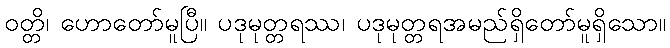
ဝတ္တိ၊ ဟောတော်မူပြီ။ ပဒုမုတ္တရဿ၊ ပဒုမုတ္တရအမည်ရှိတော်မူရှိသော။